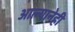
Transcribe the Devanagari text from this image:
आल्यानेही